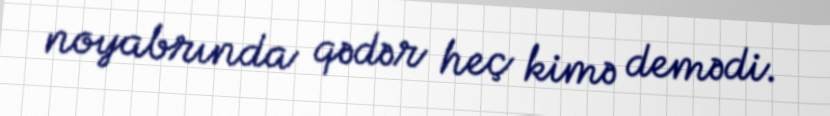
noyabrında qədər heç kimə demədi.